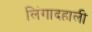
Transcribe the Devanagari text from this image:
लिंगादहाली